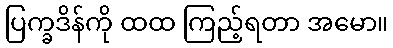
ပြက္ခဒိန်ကို ထထ ကြည့်ရတာ အမော။